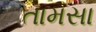
તામસા